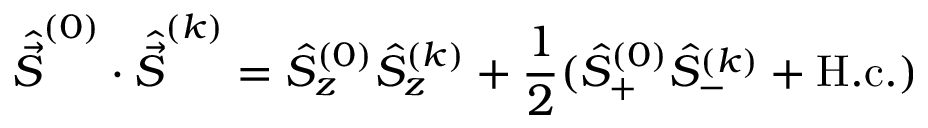
{ \hat { \vec { S } } ^ { ( 0 ) } \cdot \hat { \vec { S } } ^ { ( k ) } } = { \hat { S } _ { z } ^ { ( 0 ) } \hat { S } _ { z } ^ { ( k ) } + \frac { 1 } { 2 } ( \hat { S } _ { + } ^ { ( 0 ) } \hat { S } _ { - } ^ { ( k ) } + \mathrm { H . c . } ) }